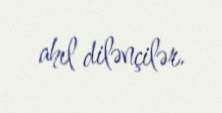
ahıl dilənçilər.